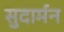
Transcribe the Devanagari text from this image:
सुदार्मन